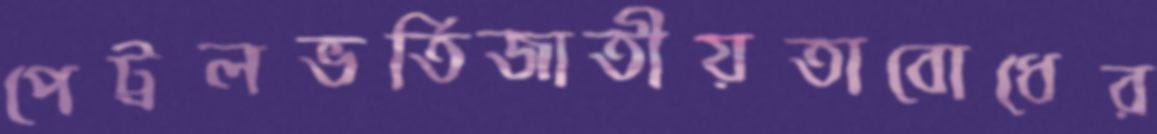
পেট্রলভর্তিজাতীয়তাবোধের